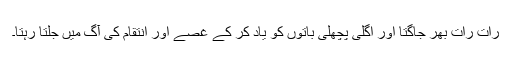
رات رات بھر جاگتا اور اگلی پچھلی باتوں کو یاد کر کے غصے اور انتقام کی آگ میں جلتا رہتا۔